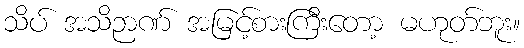
သိပ် အသိဉာဏ် အမြင့်စားကြီးတော့ မဟုတ်ဘူး။